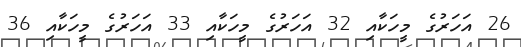
26 އަހަރުގެ މީހަކާއި 32 އަހަރުގެ މީހަކާއި 33 އަހަރުގެ މީހަކާއި 36